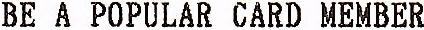
BE A POPULAR CARD MEMBER